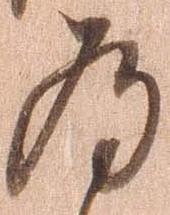
為